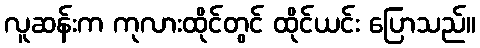
လူဆန်းက ကုလားထိုင်တွင် ထိုင်ယင်း ပြောသည်။